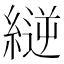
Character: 縌